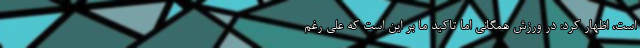
است، اظهار کرد: در ورزش همگانی اما تاکید ما بر این است که علی رغم